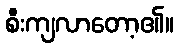
စီးကျလာတော့၏။